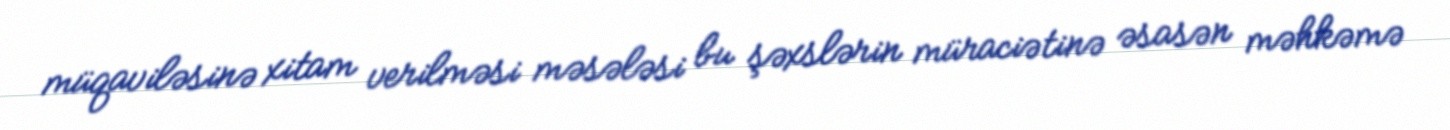
müqaviləsinə xitam verilməsi məsələsi bu şəxslərin müraciətinə əsasən məhkəmə